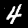
Label: 4